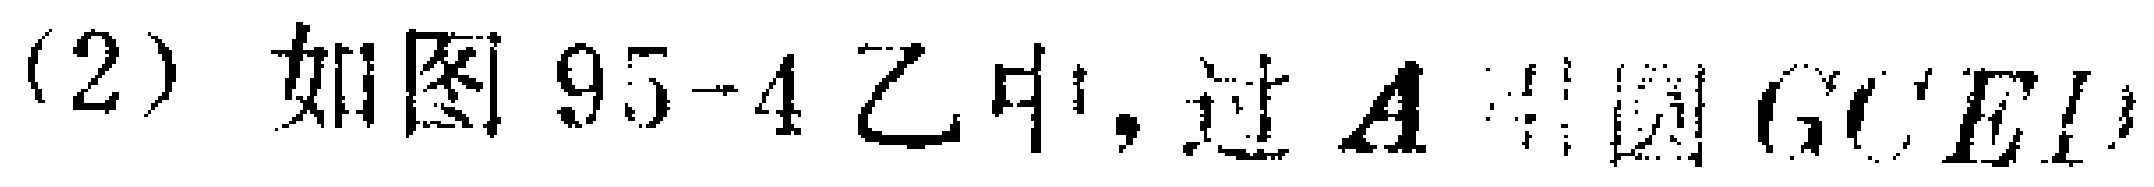
(2) 如图95-4乙中, 过\(A\) 圆\(OCED\)